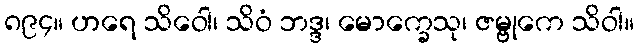
၈၉၄။ ဟရေ သိဝေါ၊ သိဝံ ဘဒ္ဒ၊ မောက္ခေသု၊ ဇမ္ဗုကေ သိဝါ။